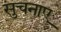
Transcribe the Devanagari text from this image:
सुचनाए